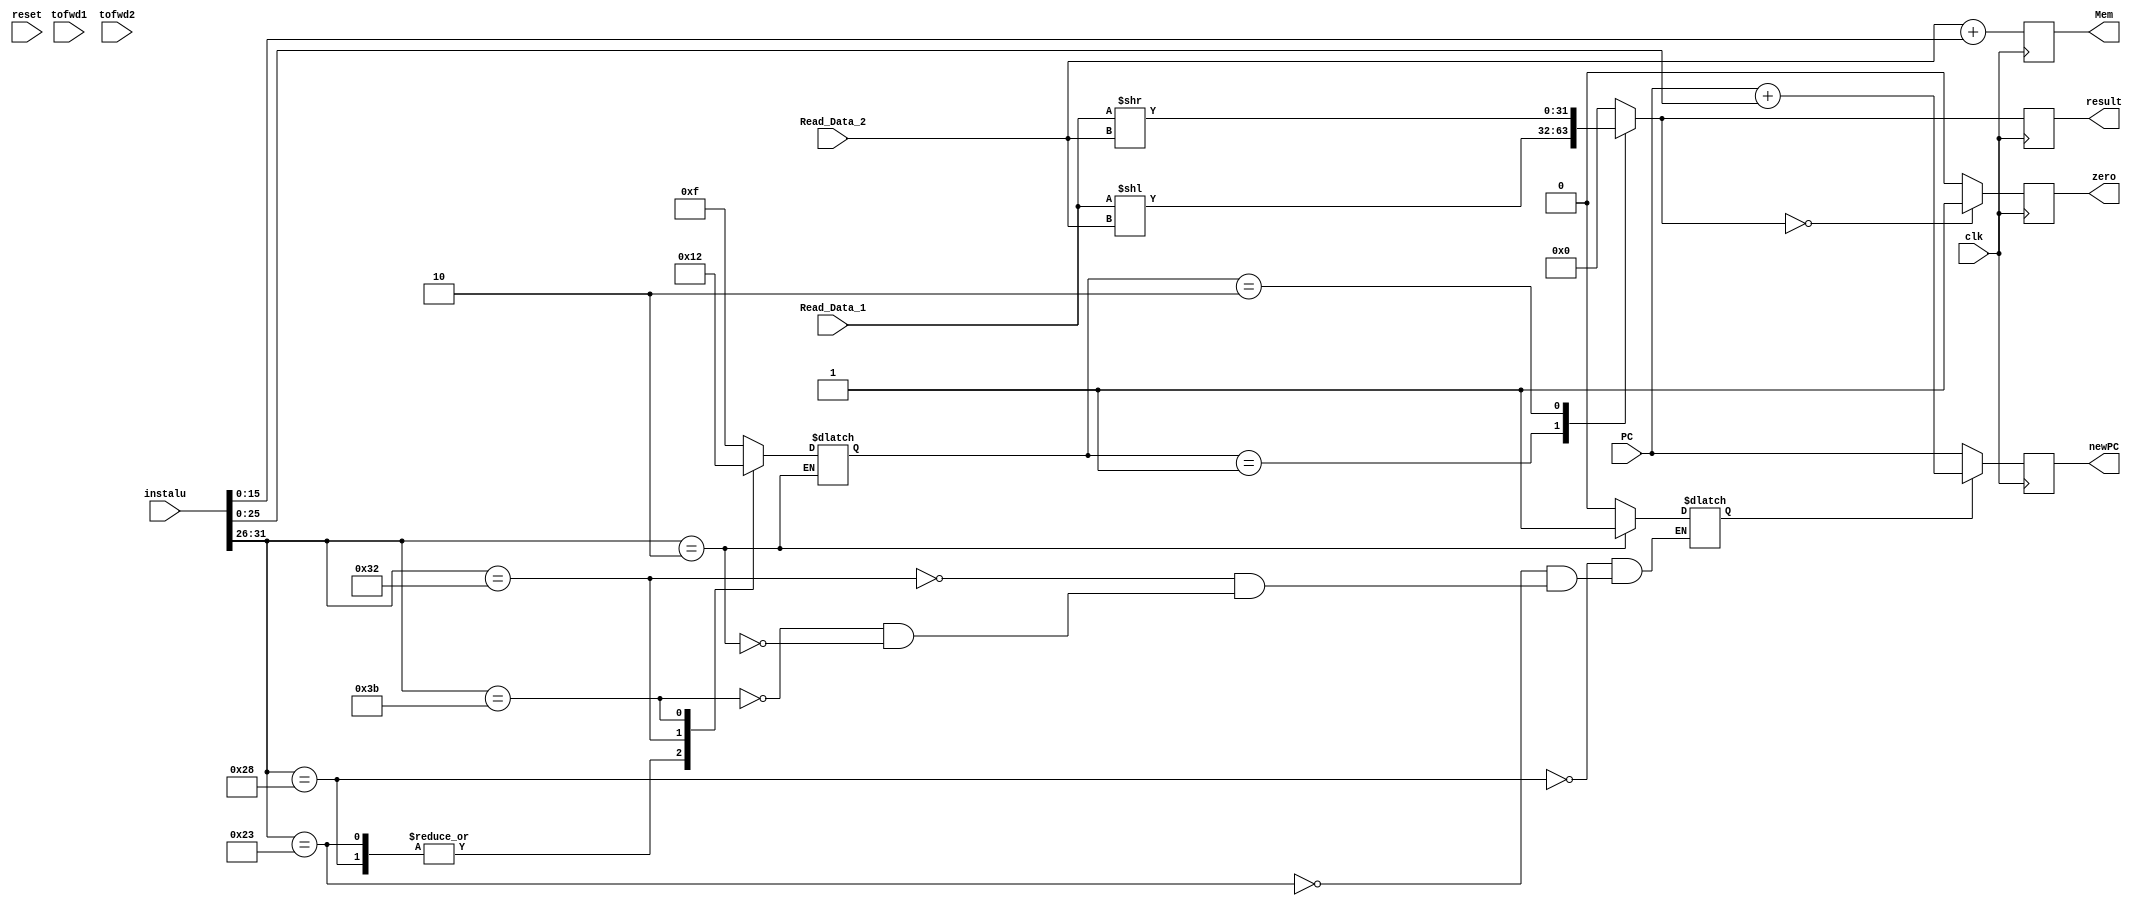
module alu (
input [31:0] instalu, // instruction
input [31:0] PC,
input [31:0] Read_Data_1,
input [31:0] Read_Data_2,
input tofwd1,
input tofwd2,
input reset,
input clk,
output reg [31:0] newPC,
output reg [31:0] result,
output reg zero,
output reg [31:0] Mem
);
reg jump;
reg datafrmreg;
reg [3:0]control;
wire [5:0]opcode;


assign opcode = instalu[31:26];

always @(opcode)
begin
	case(opcode)
	6'b101000:begin  control = 4'b0000;datafrmreg = 1'b0;jump = 1'b0; end
	6'b100011:begin  control = 4'b0000;datafrmreg = 1'b0;jump = 1'b0; end
	6'b110010:begin  control = 4'b0001;datafrmreg = 1'b1;jump = 1'b0; end
	6'b111011:begin  control = 4'b0010;datafrmreg = 1'b1;jump = 1'b0; end
	6'b000010:begin  jump = 1'b1; end
	default: control = 4'b1111;
	endcase
end





wire [31:0] jumpshiffted;
wire [31:0] secndres;
//assign secndres = datafrmreg ? Read_Data_2:jumpextended;
//assign jumpshiffted = jumpextended<<2;
always @(posedge clk)
begin
 Mem = Read_Data_2 + instalu[15:0]; // this is for loadword storeword

if(jump)
newPC <= PC+instalu[25:0];
else

newPC <= PC;	
//	jmpadd <= jumpshiffted + PC;
	
		case(control)
		//4'b0000: result = Read_Data_1 + secndres;//use this for LW and SW
		4'b0001: result = Read_Data_1<<Read_Data_2;// left shift
		4'b0010: result = Read_Data_1>>Read_Data_2;// Right Shift
		default: result = 32'd0;
		endcase
	if(result == 32'd0)
	zero = 1'b1;
	else
	zero = 1'b0;
	

end






endmodule